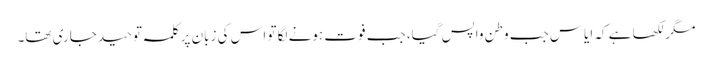
مگر لکھا ہے کہ ایاس جب وطن واپس گیا، جب فوت ہونے لگا تو اس کی زبان پر کلمہ توحید جاری تھا۔